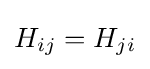
H_{ij}=H_{ji}